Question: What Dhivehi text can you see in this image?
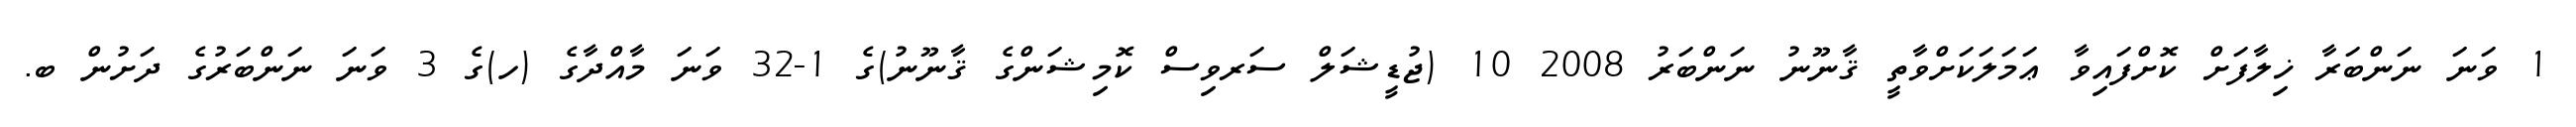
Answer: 1 ވަނަ ނަންބަރާ ޚިލާފަށް ކޮށްފައިވާ ޢަމަލަކަށްވާތީ ޤާނޫނު ނަންބަރު 2008 10 (ޖުޑީޝަލް ސަރވިސް ކޮމިޝަންގެ ޤާނޫނު)ގެ 1-32 ވަނަ މާއްދާގެ (ހ)ގެ 3 ވަނަ ނަންބަރުގެ ދަށުން ބ.